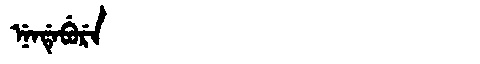
Manchu: ᠨᡝᠨᡩᡝᠪᡠᡵᡝ
Romanization: NENDEBURE